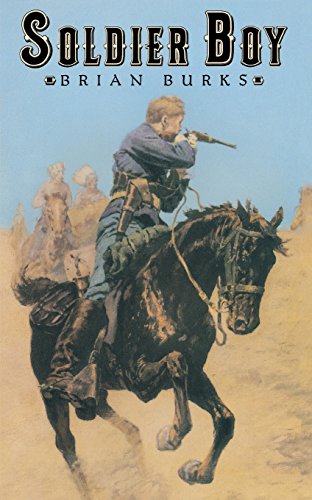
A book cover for Soldier Boy; Brian Burks; Teen & Young Adult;